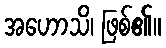
အဟောသိ၊ ဖြစ်၏။